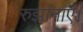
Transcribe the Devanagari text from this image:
रुझानाऍ।